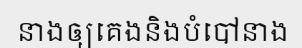
នាងឲ្យគេងនិងបំបៅនាង